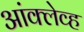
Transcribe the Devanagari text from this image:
आंक्लेव्ह